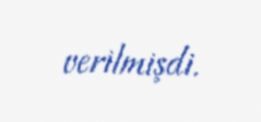
verilmişdi.